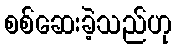
စစ်ဆေးခဲ့သည်ဟု